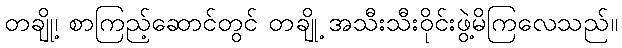
တချို့၊ စာကြည့်ဆောင်တွင် တချို့ အသီးသီးဝိုင်းဖွဲ့မိကြလေသည်။